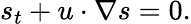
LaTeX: s_{t}+u\cdot\nabla s=0.